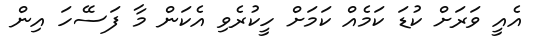
އެއީ ވަރަށް ކުޑަ ކަމެއް ކަމަށް ހީކުރެވި އެކަން މާ ފަސޭހަ އިން